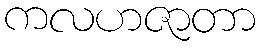
ကလဟဇာတာ